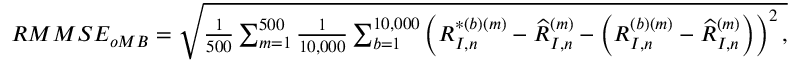
\begin{array} { r } { R M M S E _ { o M B } = \sqrt { \frac { 1 } { 5 0 0 } \sum _ { m = 1 } ^ { 5 0 0 } \frac { 1 } { 1 0 , 0 0 0 } \sum _ { b = 1 } ^ { 1 0 , 0 0 0 } \left( R _ { I , n } ^ { * ( b ) ( m ) } - \widehat R _ { I , n } ^ { ( m ) } - \left( R _ { I , n } ^ { ( b ) ( m ) } - \widehat R _ { I , n } ^ { ( m ) } \right) \right) ^ { 2 } , } } \end{array}